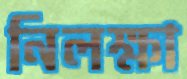
নিলক্ষা